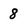
Character: 8